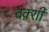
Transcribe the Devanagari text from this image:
बक़्शी